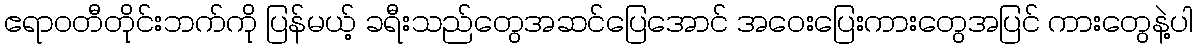
ဧရာဝတီတိုင်းဘက်ကို ပြန်မယ့် ခရီးသည်တွေအဆင်ပြေအောင် အဝေးပြေးကားတွေအပြင် ကားတွေနဲ့ပါ